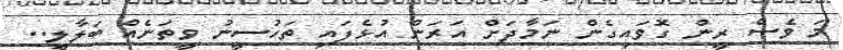
މަ ވެސް ރީން ގޮވައިގެން ނަމާދަށް އަރަން އުޅެފައި ތަހުސީނު ވީތަނެއް ބަލާލީ..